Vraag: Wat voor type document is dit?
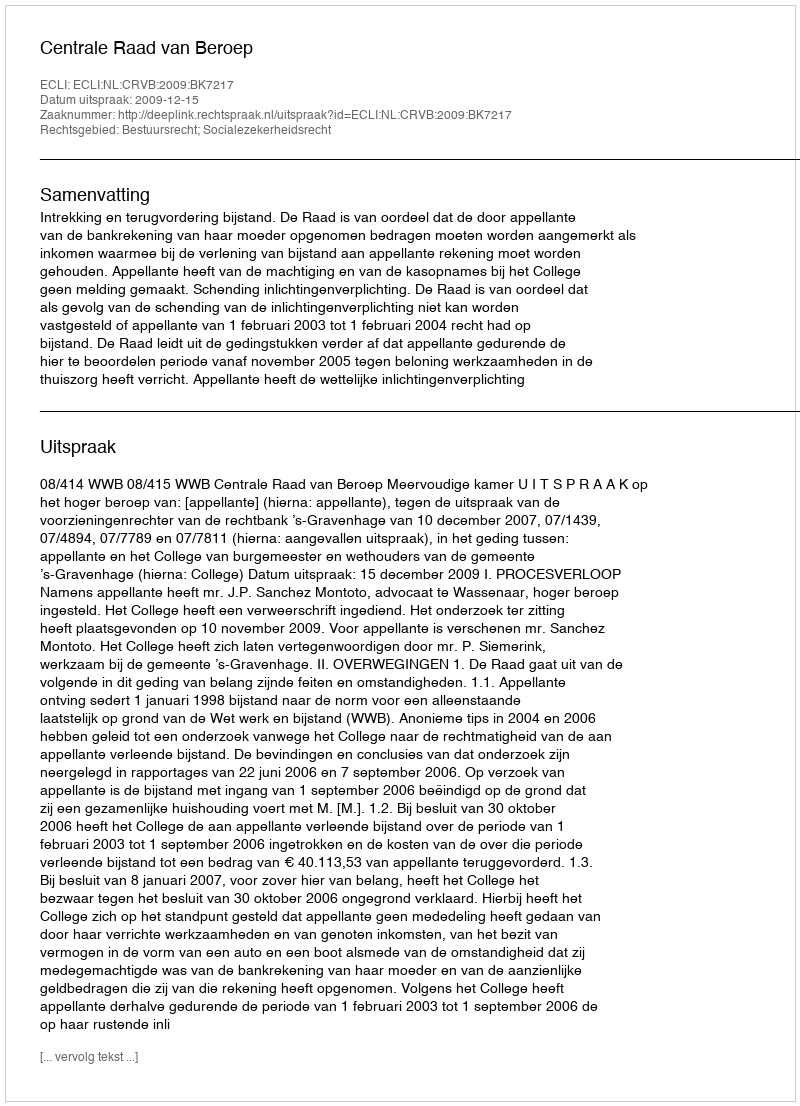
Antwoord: Uitspraak